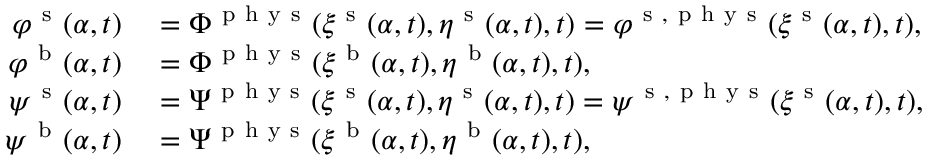
\begin{array} { r l } { \varphi ^ { \mathrm { ~ s ~ } } ( \alpha , t ) } & { { } = \Phi ^ { \mathrm { ~ p ~ h ~ y ~ s ~ } } ( \xi ^ { \mathrm { ~ s ~ } } ( \alpha , t ) , \eta ^ { \mathrm { ~ s ~ } } ( \alpha , t ) , t ) = \varphi ^ { \mathrm { ~ s ~ } , \mathrm { ~ p ~ h ~ y ~ s ~ } } ( \xi ^ { \mathrm { ~ s ~ } } ( \alpha , t ) , t ) , } \\ { \varphi ^ { \mathrm { ~ b ~ } } ( \alpha , t ) } & { { } = \Phi ^ { \mathrm { ~ p ~ h ~ y ~ s ~ } } ( \xi ^ { \mathrm { ~ b ~ } } ( \alpha , t ) , \eta ^ { \mathrm { ~ b ~ } } ( \alpha , t ) , t ) , } \\ { \psi ^ { \mathrm { ~ s ~ } } ( \alpha , t ) } & { { } = \Psi ^ { \mathrm { ~ p ~ h ~ y ~ s ~ } } ( \xi ^ { \mathrm { ~ s ~ } } ( \alpha , t ) , \eta ^ { \mathrm { ~ s ~ } } ( \alpha , t ) , t ) = \psi ^ { \mathrm { ~ s ~ } , \mathrm { ~ p ~ h ~ y ~ s ~ } } ( \xi ^ { \mathrm { ~ s ~ } } ( \alpha , t ) , t ) , } \\ { \psi ^ { \mathrm { ~ b ~ } } ( \alpha , t ) } & { { } = \Psi ^ { \mathrm { ~ p ~ h ~ y ~ s ~ } } ( \xi ^ { \mathrm { ~ b ~ } } ( \alpha , t ) , \eta ^ { \mathrm { ~ b ~ } } ( \alpha , t ) , t ) , } \end{array}